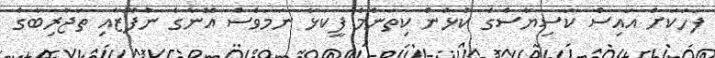
ފަހަކަށް އައިސް ކަސިޔާސްގެ ކުޅުން ކިތަންމެ ފީކަޅާ ނަމަވެސް އޭނާގެ ނުފޫޒާއި ތަޖުރިބާގެ